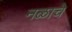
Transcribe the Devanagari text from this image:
नळाचे